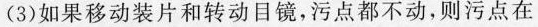
(3)如果移动装片和转动目镜，污点都不动，则污点在